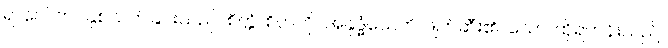
ရာဂေါ၊ တပ်နှစ်သက်ခြင်းသည်။ စိတ္တံ၊ စိတ်ကို။ အနုဒ္ဓံသေတိ၊ ဖျက်ဆီး၏။ သော၊ ထိုရဟန်းသည်။